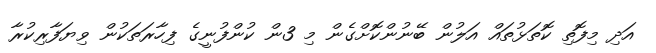
އަދި މިފޮތި ކޮތަޅުތައް އަލުން ބޭނުންކޮށްގެން މި 3ން ކުންފުނީގެ ފިހާރަތަކުން ވިޔަފާރިކުރާ